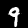
Digit: 9